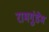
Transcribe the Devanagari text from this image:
रामगुंडेम